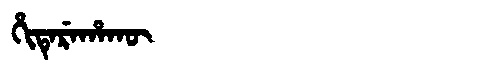
Manchu: ᡥᡳᡨᡝᡵᡝᡥᠠᡴᡡ
Romanization: HITEREHAKŪ